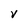
Character: V